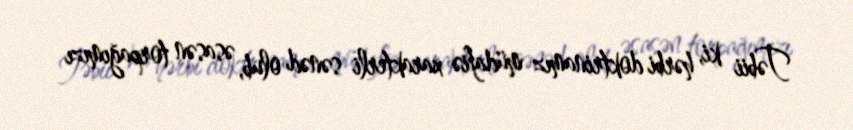
Təbii ki, hərbi doktrinamız müdafiə xarakterli sənəd olub, əsasən torpağımızı